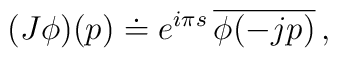
(J\phi)(p)\doteq e^{i\pi s}\,\overline{\phi(-jp)}\,,